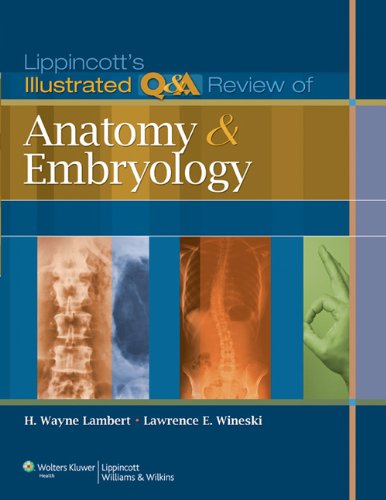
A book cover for Lippincott's Illustrated Q&A Review of Anatomy and Embryology; H. Wayne Lambert PhD; Medical Books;